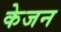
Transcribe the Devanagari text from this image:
केजन